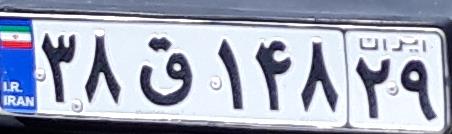
۳۸ق۱۴۸۲۹